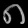
Digit: ၈